Indian Medical Review
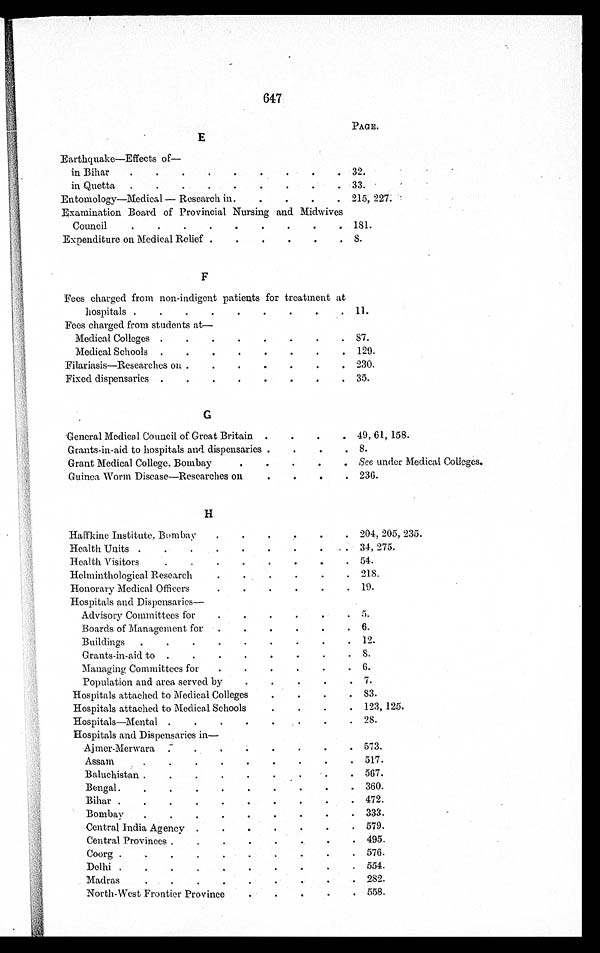
647
PAGE.
E
Earthquake—Effects of
—
in Bihar
32.
in Quetta
33.
Entomology—Medical — Research in.
215, 227.
Examination Board of Provincial Nursing and Midwives
Council
181.
Expenditure on Medical Relief
8.
F
Fees charged from non-indigent patients for treatment at
hospitals
11.
Fees charged from students at
—
Medical Colleges
87.
Medical Schools
129.
Filariasis-Researches on
230.
Fixed dispensaries
35.
G
General Medical Council of Great Britain
49, 61, 158.
Grants-in-aid to hospitals and dispensaries
8.
Grant Medical College, Bombay
See under Medical Colleges.
Guinea Worm Disease—Researches on
236.
H
Haffkine Institute, Bombay
204, 205, 235.
Health Units
34, 275.
Health Visitors
54.
Helminthological Research
218.
Honorary Medical Officers
19.
Hospitals and Dispensaries
—
Advisory Committees for
5.
Boards of Management for
6.
Buildings
12.
Grants-in-aid to
8.
Managing Committees for
6.
Population and area served by
7.
Hospitals attached to Medical Colleges
83.
Hospitals attached to Medical Schools
123, 125.
Hospitals—Mental
28.
H o s p i t a l s a n d D i s p e n s a r i e s i n —
Ajmer-Merwara
573.
Assam
517.
Baluchistan
567.
Bengal
360.
Bihar
472.
Bombay
333.
Central India Agency
579.
Central Provinces
495.
Coorg
576.
Delhi
554.
Madras
282.
North-West Frontier Province
558.